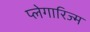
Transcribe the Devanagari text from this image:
प्लेगारिज्म